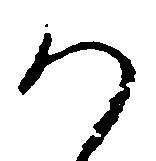
か